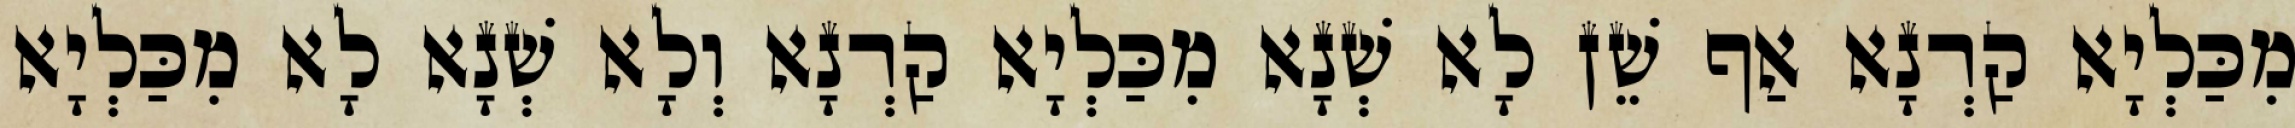
מִכַּלְיָא קַרְנָא אַף שֵׁן לָא שְׁנָא מִכַּלְיָא קַרְנָא וְלָא שְׁנָא לָא מִכַּלְיָא